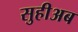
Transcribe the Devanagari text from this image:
सुहीअब